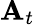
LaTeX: \mathbf{A}_{t}